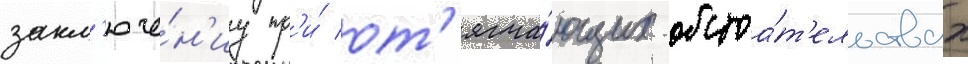
закл'юче́н'иу пр'и́ от'ягча́ющих обстоа́т'ельствах